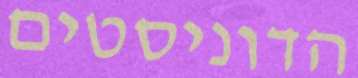
הדוניסטים